Kohila_vallavalitsus, lk 55
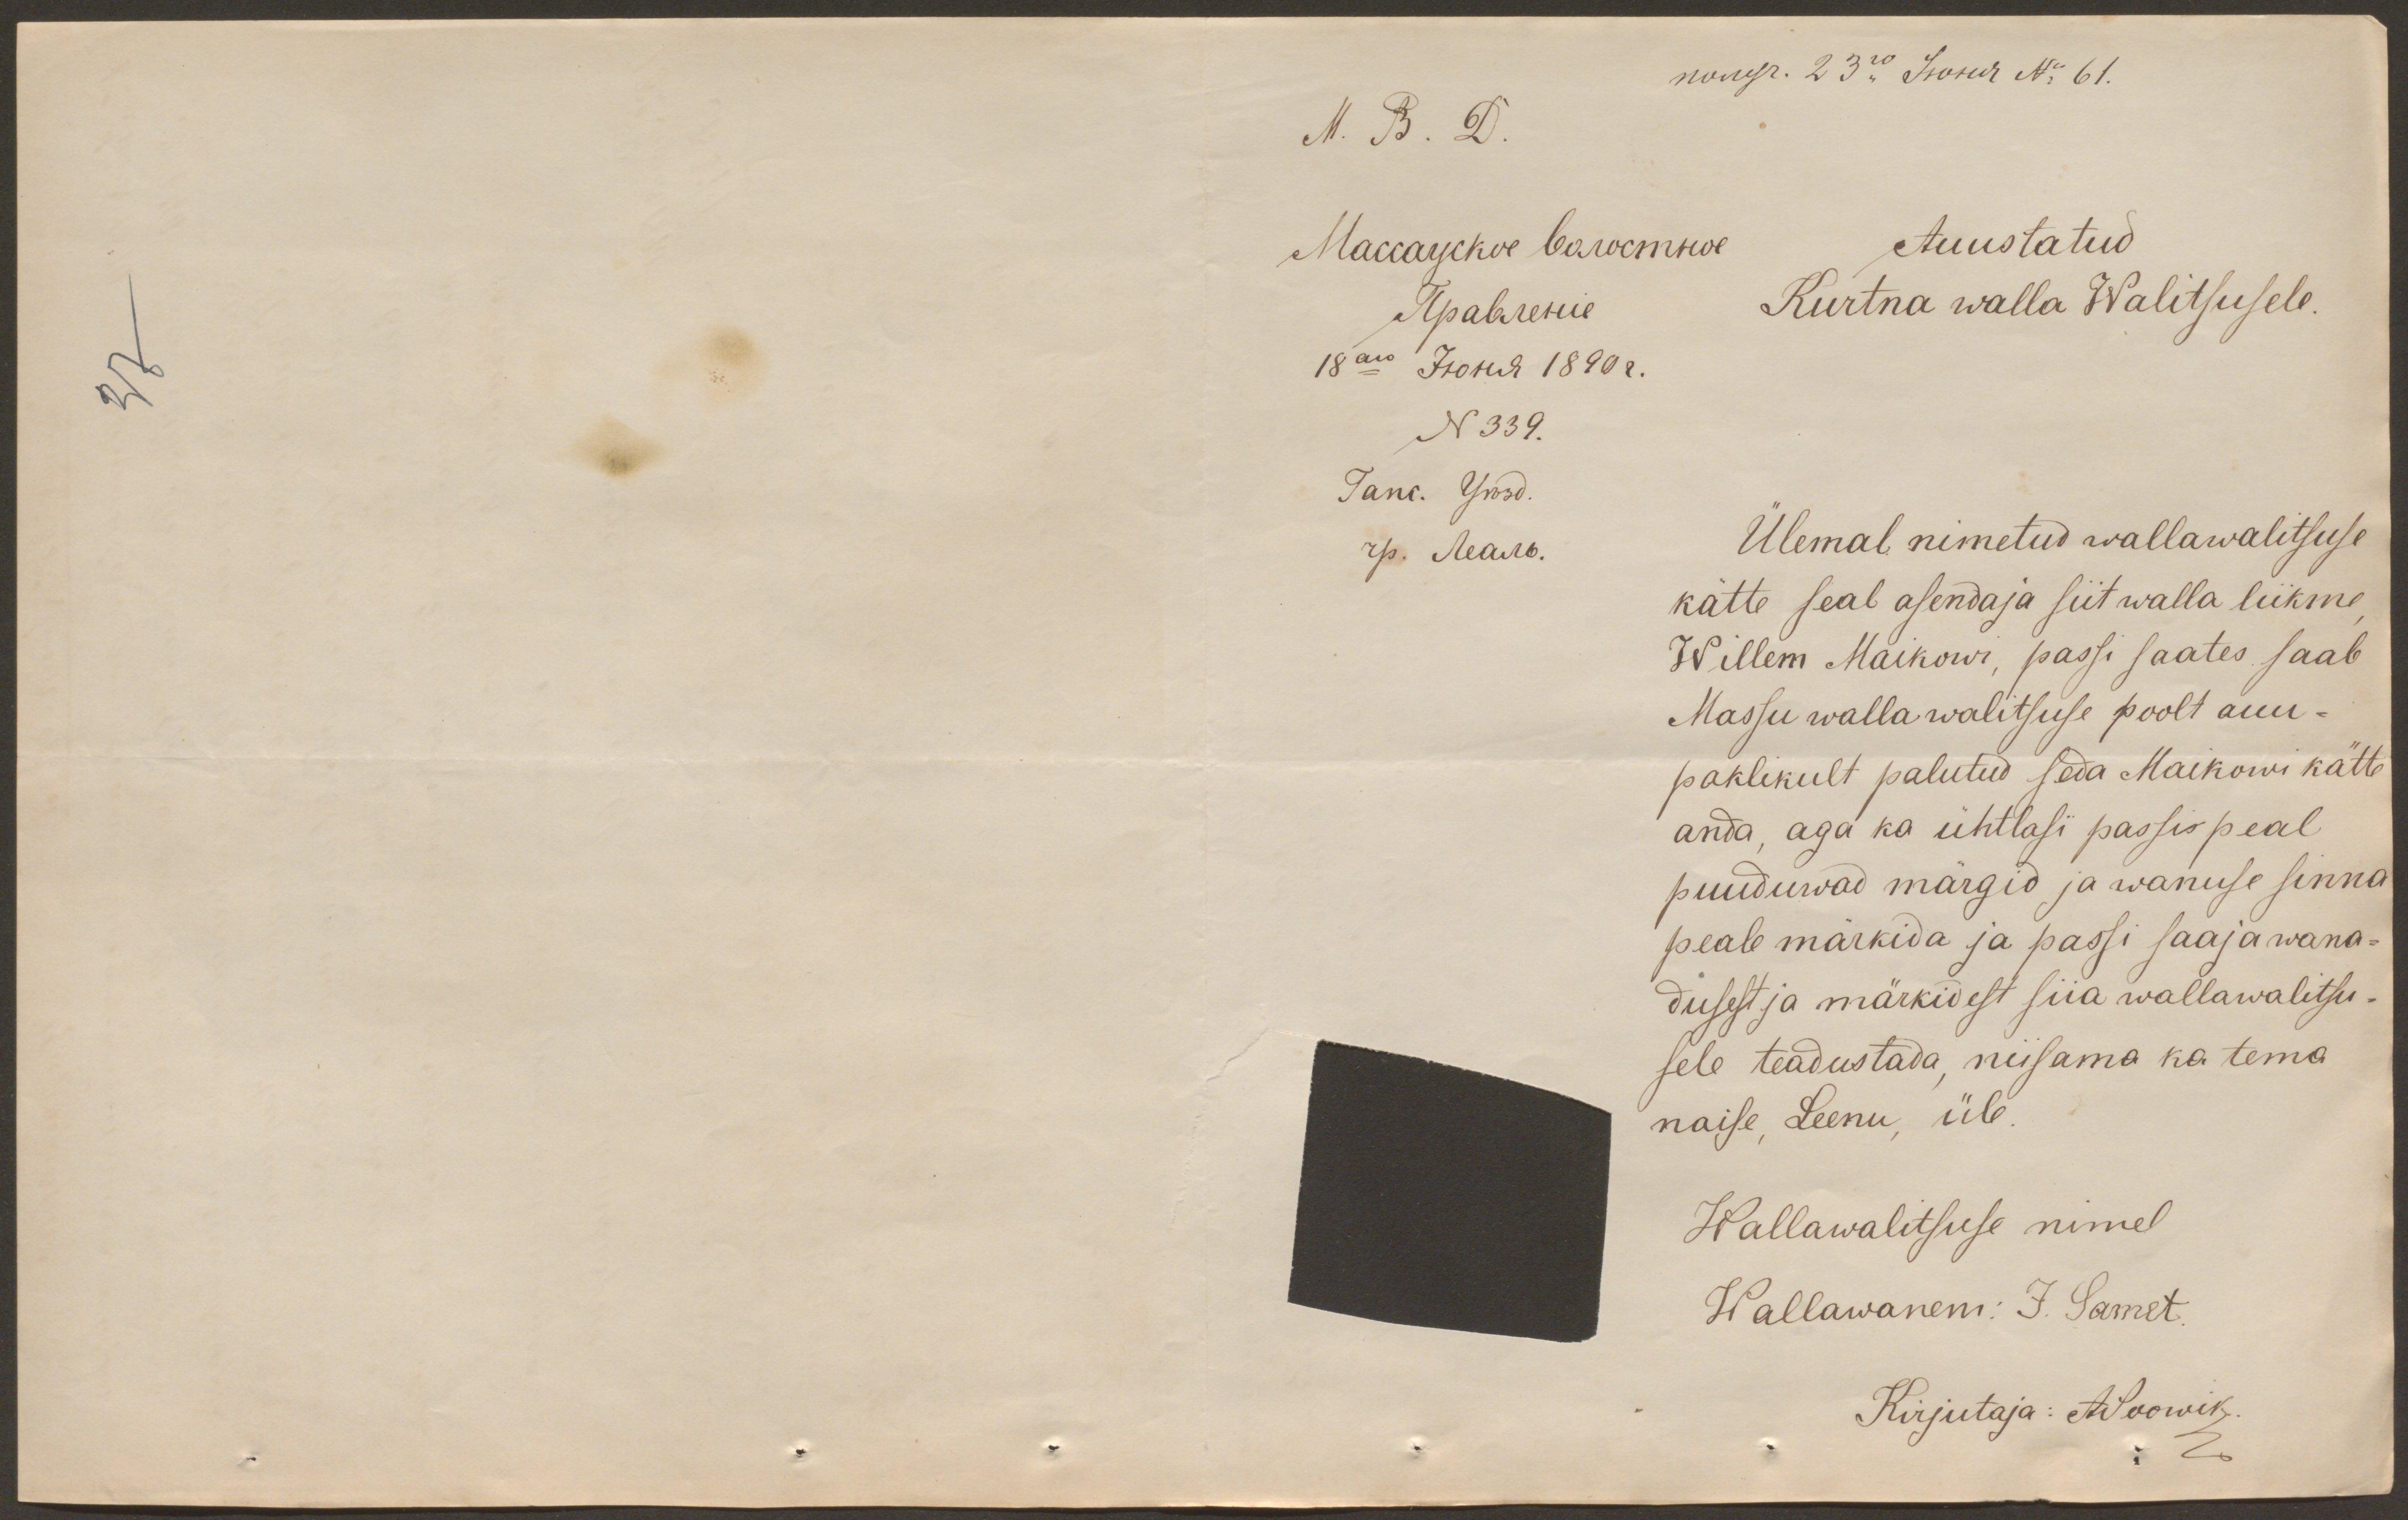
Auustatud
Kurtna walla Walitsusele
N 339.
Ülemal nimetud wallawalitsuse
kätte seal asendaja siit walla liikme
Willem Maikowi, passi saates saab
Massu walla walitsuse poolt auu-
paklikult palutud seda Maikowi kätte
anda, aga ka ühtlasi passis peal
puuduwad märgid ja wanuse sinna
peale märkida ja passi saaja wana-
dusest ja märkidest siia wallawalitsu-
sele teadustada, niisama ka tema
naise, Leenu, üle.
Wallawalitsuse nimel
Wallawanem: J. Samet
Kirjutaja: ASoowik